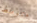
متوسط